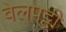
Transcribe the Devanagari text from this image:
वेलपट्टी